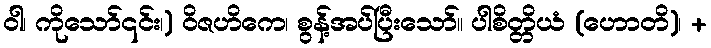
ဝါ၊ ကိုသော်၎င်း၊) ဝိဇဟိကေ၊ စွန့်အပ်ပြီးသော်။ ပါစိတ္တိယံ (ဟောတိ)၊ +